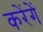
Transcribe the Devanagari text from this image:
करेंगेें